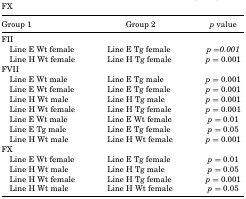
| Group 1 | Group 2 | p value |
 | --- | --- | --- |
 | <COLSPAN=3> FII |
 | Line E Wt female | Line E Tg female | p =0.001 |
 | Line H Wt female | Line H Tg female | p = 0.001 |
 | <COLSPAN=3> FVII |
 | Line E Wt male | Line E Tg male | p = 0.001 |
 | Line E Wt female | Line E Tg female | p = 0.001 |
 | Line H Wt male | Line H Tg male | p = 0.001 |
 | Line H Wt female | Line H Tg female | p = 0.001 |
 | Line E Wt male | Line E Wt female | p = 0.01 |
 | Line E Tg male | Line E Tg female | p = 0.05 |
 | Line H Wt male | Line H Wt female | p = 0.001 |
 | <COLSPAN=3> FX |
 | Line E Wt female | Line E Tg female | p = 0.01 |
 | Line H Wt male | Line H Tg male | p = 0.05 |
 | Line H Wt female | Line H Tg female | p = 0.001 |
 | Line H Wt male | Line H Wt female | p = 0.05 |